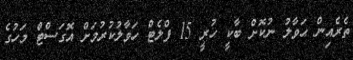
ތެރެއިން ޙަވާލު ނުކޮށް ބާކީ ހުރީ 15 ފްލެޓް ހަވާލުކުރުމަށް އޮގަސްޓް މަހުގެ